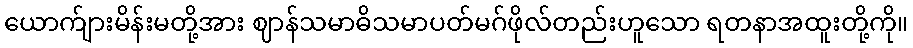
ယောက်ျားမိန်းမတို့အား ဈာန်သမာဓိသမာပတ်မဂ်ဖိုလ်တည်းဟူသော ရတနာအထူးတို့ကို။